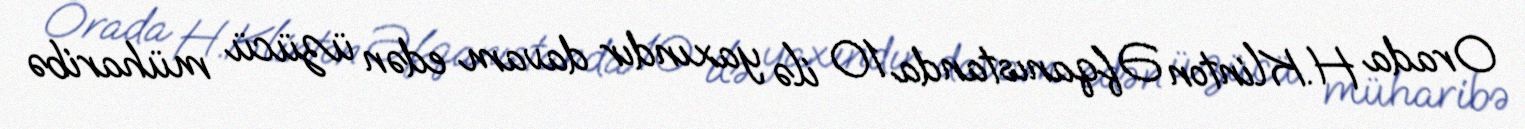
Orada H.Klinton Əfqanıstanda 10 ilə yaxındır davam edən üzücü müharibə